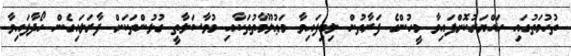
ތުހުމަތުގައި ހައްޔަރުކޮށްފައިވާ މީހުންގެ ފަރާތުން ލިބިފައިވާ މަޢުލޫމާތުތަކާއި މުވާސަލާތީ ގުޅުންތަކަށް ފާރަލައިގެން ހޯދާފައިވާ